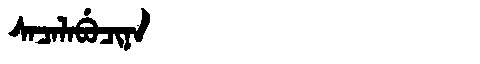
Manchu: ᠰᠠᠴᠠᠯᠠᠪᡠᠴᡳᠨᠠ
Romanization: SACALABUCINA